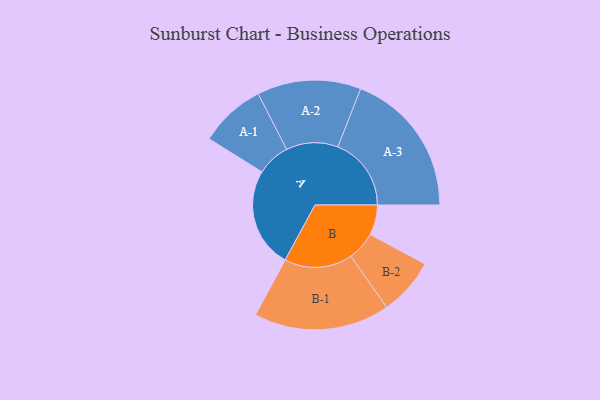
{"axis": {"x": "Segment", "y": "Value"}, "legend": ["", "A", "B"], "data": [{"x": "A", "y": 405, "type": ""}, {"x": "B", "y": 122, "type": ""}, {"x": "A-1", "y": 134, "type": "A"}, {"x": "A-2", "y": 210, "type": "A"}, {"x": "A-3", "y": 297, "type": "A"}, {"x": "B-1", "y": 275, "type": "B"}, {"x": "B-2", "y": 116, "type": "B"}]}